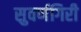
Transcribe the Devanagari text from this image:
सुवर्णगिरी